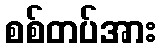
စစ်တပ်အား